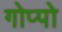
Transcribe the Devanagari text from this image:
गोप्पो